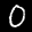
Label: 0